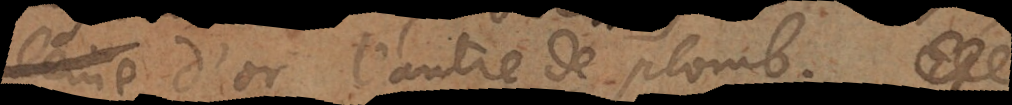
e d’or, l’autre de plomb.